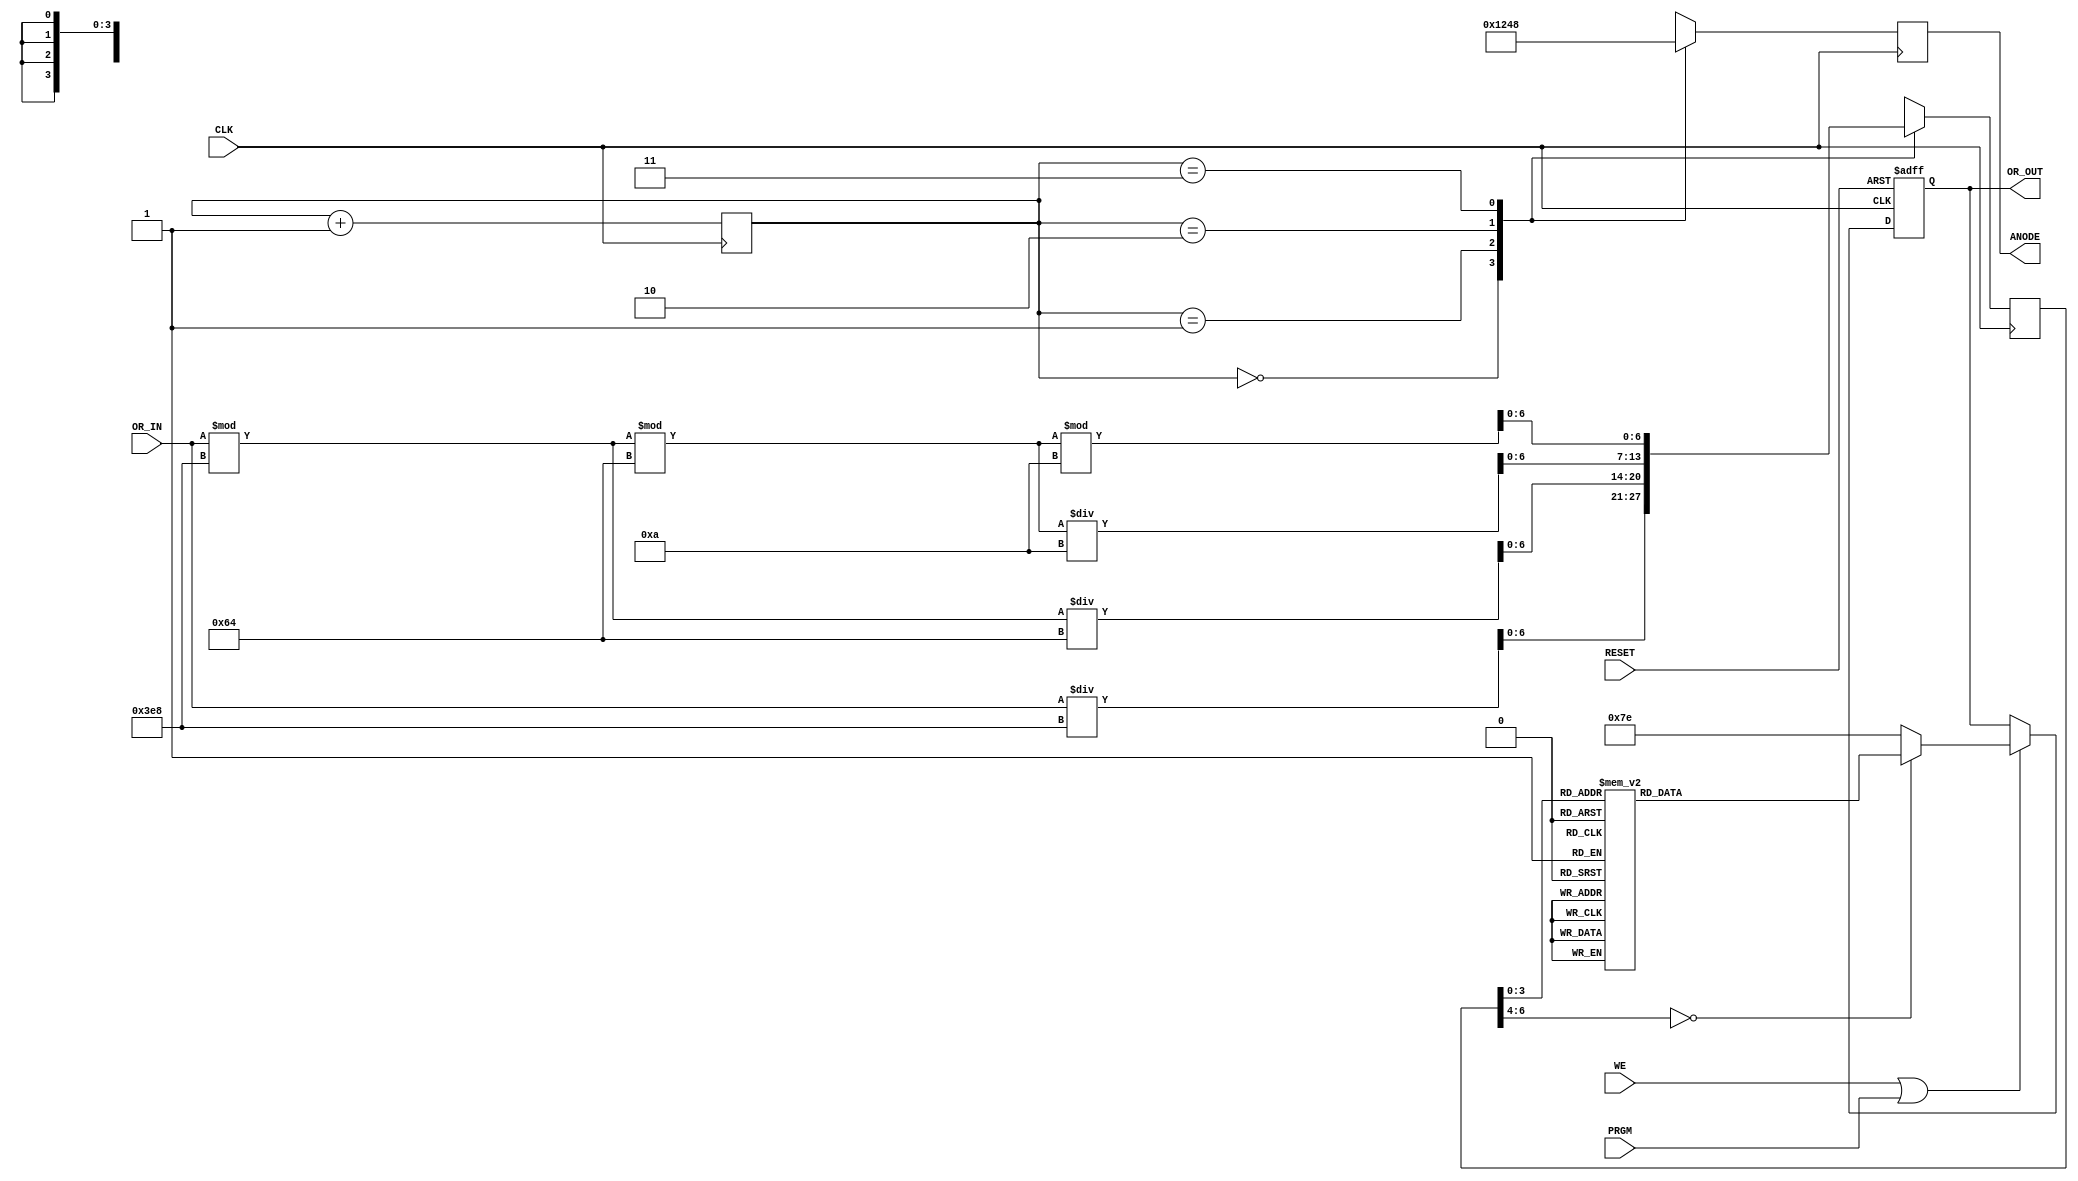
module OP_REG	(
	output reg	[6:0] OR_OUT,
	output reg	[3:0]	ANODE,
	input 		[7:0] OR_IN,
	input					WE,
	input					PRGM,
	input 				CLK,
	input					RESET
);
		
reg [1:0]	CNT = 0;
reg [6:0]	OR_DATA;

always @(posedge CLK)
begin
	CNT <= CNT +1;
	
	// Activate 7-seg anodes
	case (CNT)
		2'd0:	begin
					ANODE <= 4'b0001;
					OR_DATA <= OR_IN / 1000;
				end
		2'd1:	begin
					ANODE <= 4'b0010;
					OR_DATA <= (OR_IN % 1000) / 100;
				end
		2'd2:	begin
					ANODE <= 4'b0100;
					OR_DATA <= ((OR_IN % 1000) % 100) / 10;
				end
		2'd3:	begin
					ANODE <= 4'b1000;
					OR_DATA <= ((OR_IN % 1000) % 100) % 10;
				end
		default:	CNT <= 0;
	endcase
end

always @(posedge CLK or posedge RESET) begin
		if (RESET) begin
			OR_OUT = 7'b0000000;
		end					
		else if (WE || PRGM) 
		begin
			// 7 segment decoder
			case (OR_DATA)
				8'd0:	OR_OUT <= 7'b1111110;
				8'd1: OR_OUT <= 7'b0110000;
				8'd2: OR_OUT <= 7'b1101101;
				8'd3: OR_OUT <= 7'b1111001;
				8'd4: OR_OUT <= 7'b0110011;
				8'd5: OR_OUT <= 7'b1011011;
				8'd6: OR_OUT <= 7'b1011111;
				8'd7: OR_OUT <= 7'b1110000;
				8'd8: OR_OUT <= 7'b1111111;
				8'd9: OR_OUT <= 7'b1111011;
				8'd10: OR_OUT <= 7'b1110111;
				8'd11: OR_OUT <= 7'b0011111;
				8'd12: OR_OUT <= 7'b1001110;
				8'd13: OR_OUT <= 7'b0111101;
				8'd14: OR_OUT <= 7'b1001111;
				8'd15: OR_OUT <= 7'b1000111;
				default: OR_OUT <= 7'b1111110;
			endcase
		end
end

endmodule